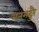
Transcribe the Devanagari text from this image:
मनमदुरै